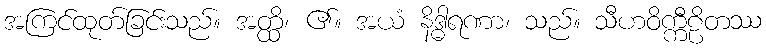
အကြင်ထုတ်ခြင်းသည်။ အတ္ထိ၊ ၏။ အယံ နိဒ္ဓါရဏာ၊ သည်။ သီဟဝိက္ကီဠိတဿ